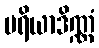
ပရိယာဒိဏ္ဏံ